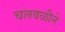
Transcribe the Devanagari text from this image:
चलवळीने